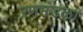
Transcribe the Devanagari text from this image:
रणमंडळा